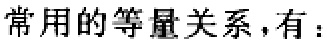
常用的等量关系，有：